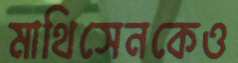
মাথিসেনকেও